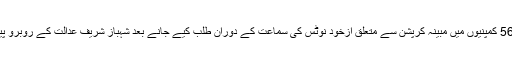
اتوار کو 56 کمپنیوں میں مبینہ کرپشن سے متعلق ازخود نوٹس کی سماعت کے دوران طلب کیے جانے بعد شہباز شریف عدالت کے روبرو پیش ہوئے۔